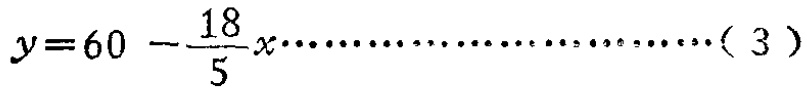
\(y = 60 - \frac{18}{5}x\cdots\cdots\cdots\cdots\cdots\cdots\cdots\cdots(3)\)